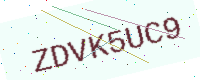
Text: ZDVK5UC9